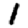
Digit: 1